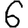
Digit: 6